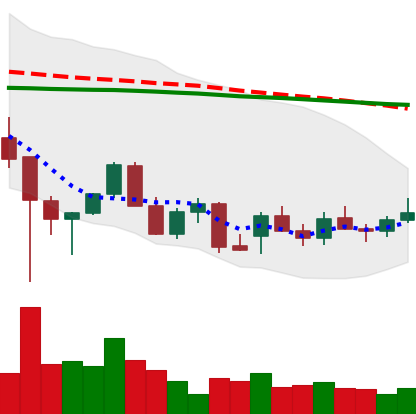
Ticker: LINK-USD
Chart end date: 2021-12-22
Forward return: 15.402%
Label: up_7plus